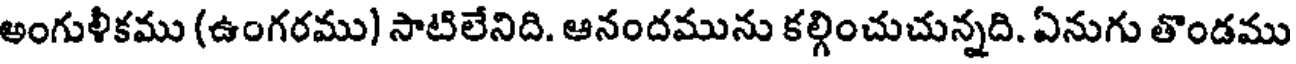
అంగుళీకము (ఉంగరము) సాటిలేనిది. ఆనందమును కల్గించుచున్నది. ఏనుగు తొండము